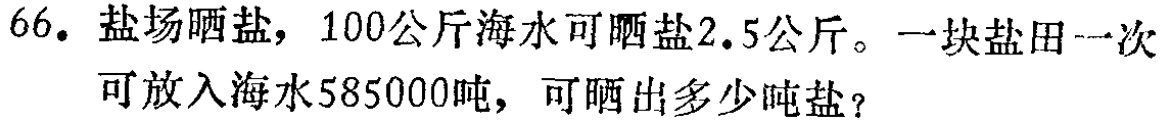
66. 盐场晒盐，100公斤海水可晒盐2.5公斤。一块盐田一次可放入海水585000吨，可晒出多少吨盐？